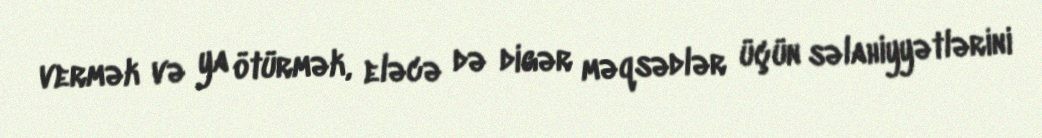
vermək və ya ötürmək, eləcə də digər məqsədlər üçün səlahiyyətlərini